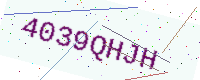
Text: 4039QHJH